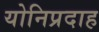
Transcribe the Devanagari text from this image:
योनिप्रदाह